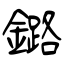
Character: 鏴